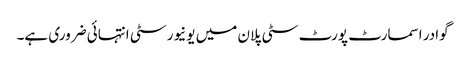
گوادر اسمارٹ پورٹ سٹی پلان میں یونیورسٹی انتہائی ضروری ہے۔